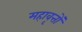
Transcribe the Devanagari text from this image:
महावृत्तों